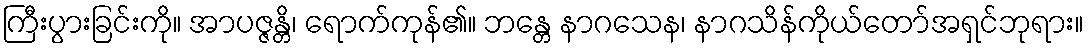
ကြီးပွားခြင်းကို။ အာပဇ္ဇန္တိ၊ ရောက်ကုန်၏။ ဘန္တေ နာဂသေန၊ နာဂသိန်ကိုယ်တော်အရှင်ဘုရား။